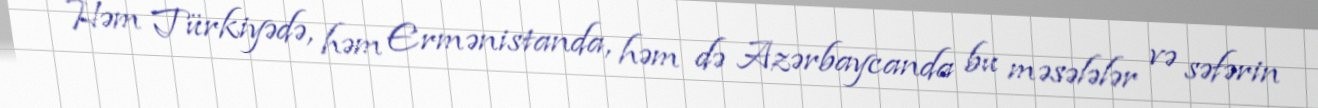
Həm Türkiyədə, həm Ermənistanda, həm də Azərbaycanda bu məsələlər və səfərin